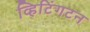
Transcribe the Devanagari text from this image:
व्हिटिंगटन